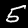
Digit: 5